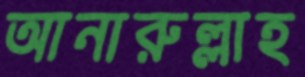
আনারুল্লাহ